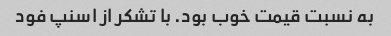
به نسبت قیمت خوب بود. با تشکر از اسنپ فود